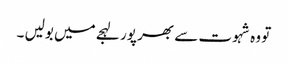
تو وہ شہوت سے بھر پور لہجے میں بولیں ۔